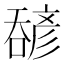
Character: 𫫹